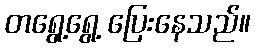
တရွေ့ရွေ့ ပြေးနေသည်။